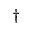
^ \dagger